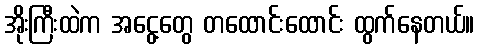
အိုးကြီးထဲက အငွေ့တွေ တထောင်းထောင်း ထွက်နေတယ်။